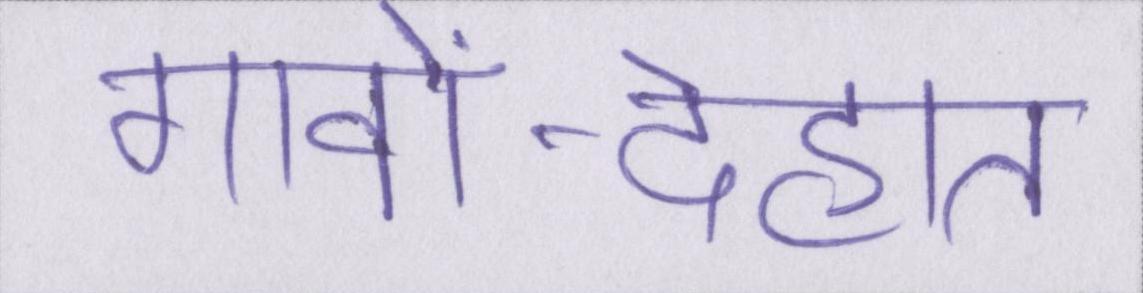
गावों-देहात